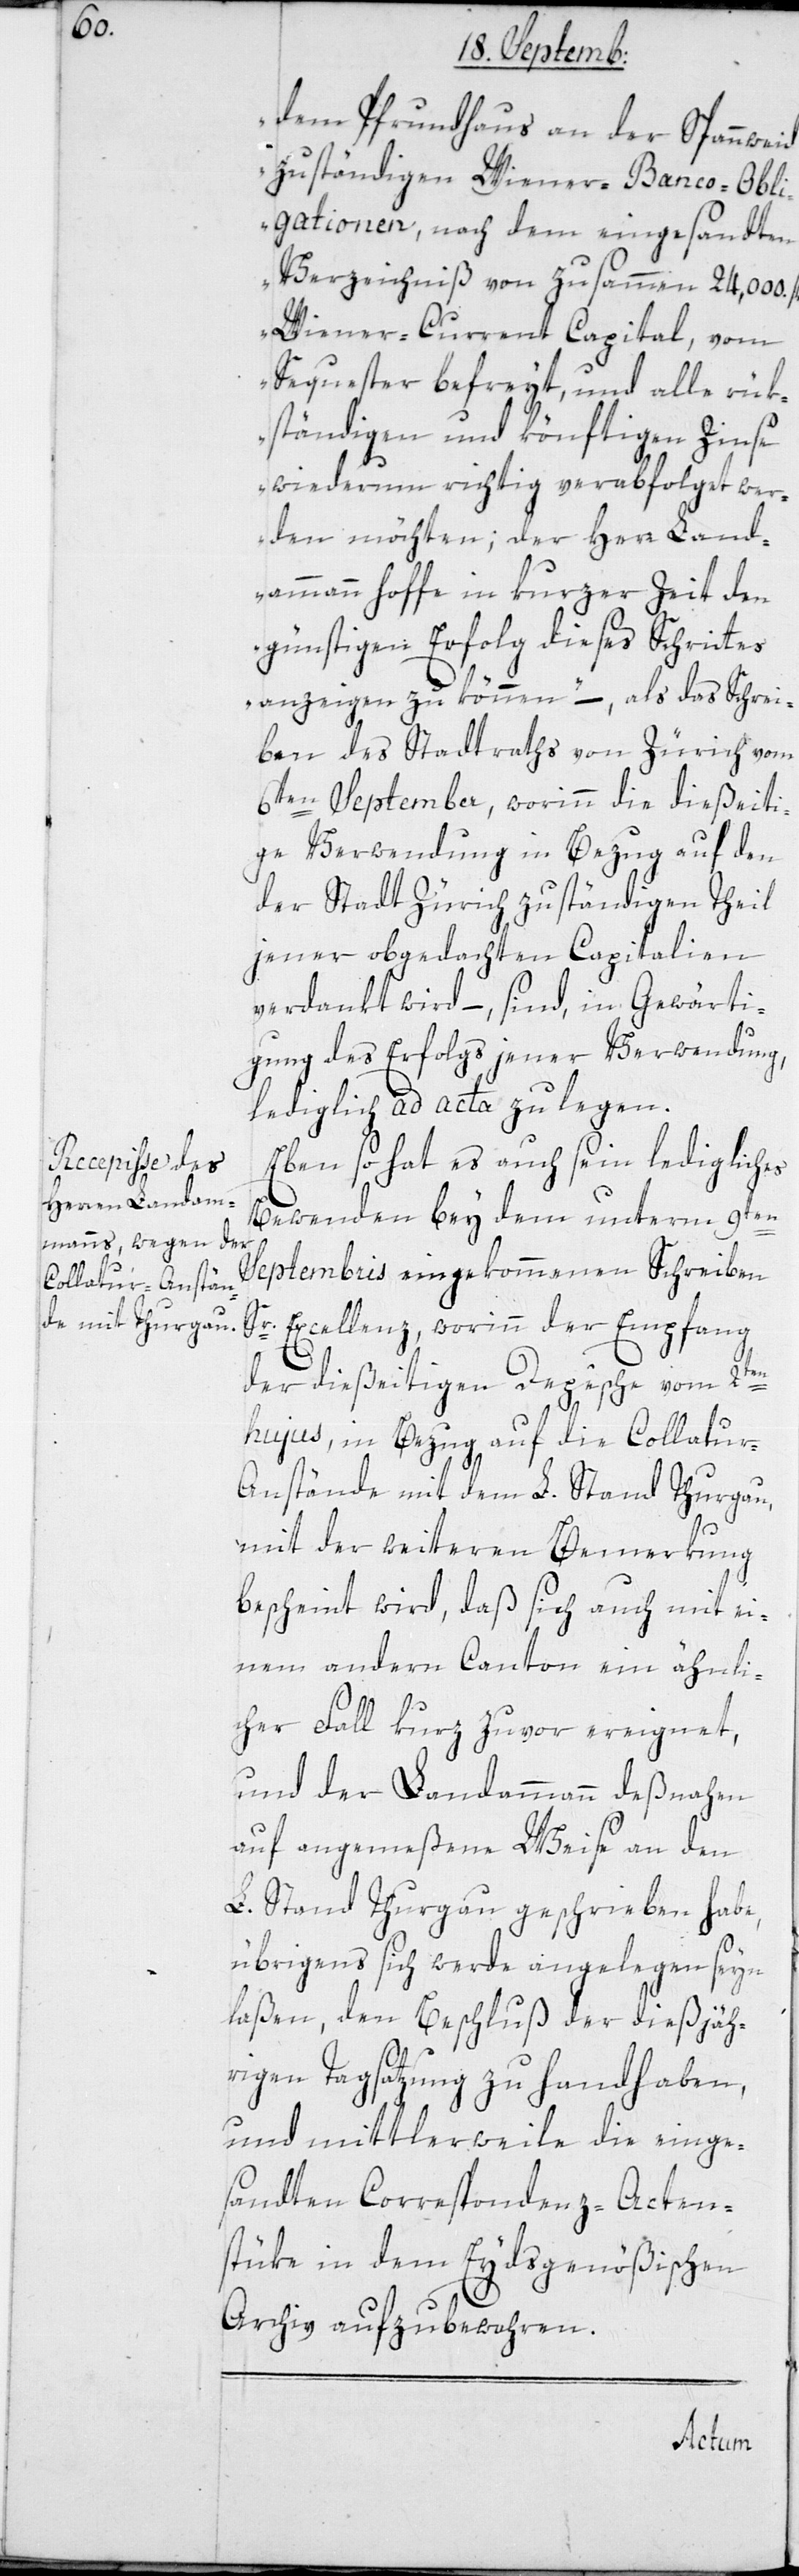
dem Pfrundhaus an der Spannweid
zuständigen Wiener-Banco-Obli¬
gationen, nach dem eingesandten
Verzeichniß von zusammen 24 000.
Wiener-Current Capital, vom
Sequester befreyt, und alle rük¬
ständigen und könftigen Zinse
wiederum richtig verabfolget wer¬
den möchten; der Herr Land¬
ammann hoffe in kurzer Zeit den
günstigen Erfolg dieses Schrittes
anzeigen zu können,“ – als das Schrei¬
ben des Stadtraths von Zürich vom
6ten September, worinn die dießeiti¬
ge Verwendung in Bezug auf den
der Stadt Zürich zuständigen Theil
jener obgedachten Capitalien
verdankt wird, – sind in Gewärti¬
gung des Erfolgs jener Verwendung,
lediglich ad acta zu legen.
Ebenso hat es auch sein ledigliches
Bewenden bey dem unterm 9ten
Septembris eingekommenen Schreiben
Sr. Excellenz, worinn der Empfang
der dießeitigen Depêche vom 2ten
hujus, in Bezug auf die Collatur-A¬
nstände mit dem L. Stand Thurgau,
mit der weiteren Bemerkung
bescheint wird, daß sich auch mit ei¬
nem andern Canton ein ähnli¬
cher Fall kurz zuvor ereignet,
und der Landammann desnahen
auf angemeßene Weise an den
L. Stand Thurgau geschrieben habe,
übrigens sich werde angelegen sein
laßen, den Beschluß der dießjäh¬
rigen Tagsatzung zu handhaben,
und mittlerweile die einge¬
sandten Correspondenz-Acten¬
stüke in dem eidsgenößischen
Archiv aufzubewahren.